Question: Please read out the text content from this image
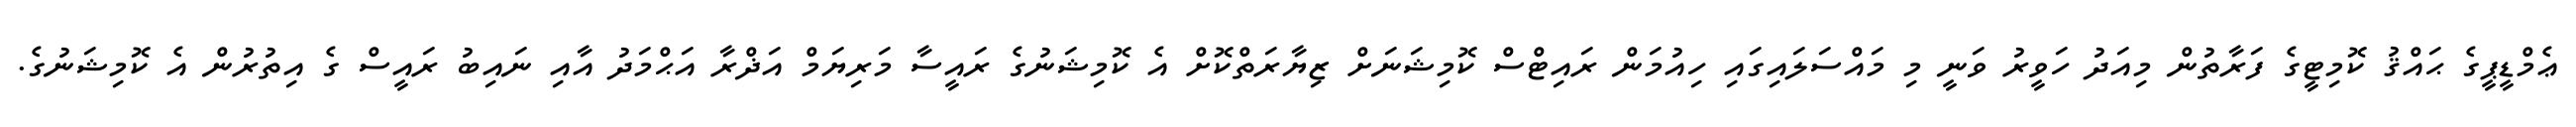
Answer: ޢެމްޑީޕީގެ ޙައްޤު ކޮމިޓީގެ ފަރާތުން މިއަދު ހަވީރު ވަނީ މި މައްސަލައިގައި ހިއުމަން ރައިޓްސް ކޮމިޝަނަށް ޒިޔާރަތްކޮށް އެ ކޮމިޝަނުގެ ރައީސާ މަރިޔަމް އަޛްރާ އަޙްމަދު އާއި ނައިބު ރައީސް ގެ އިތުރުން އެ ކޮމިޝަނުގެ.